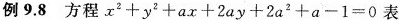
例9.8 方程$$x^{2}+y^{2}+ax+2ay+2a^{2}+a-1=0$$表